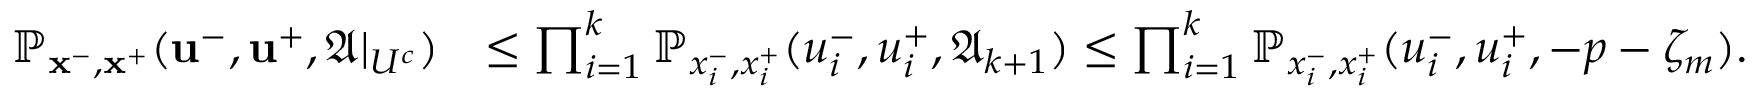
\begin{array} { r l } { \mathbb { P } _ { \mathbf { x } ^ { - } , \mathbf { x } ^ { + } } ( \mathbf { u } ^ { - } , \mathbf { u } ^ { + } , \mathfrak { A } | _ { U ^ { c } } ) } & { \le \prod _ { i = 1 } ^ { k } \mathbb { P } _ { x _ { i } ^ { - } , x _ { i } ^ { + } } ( u _ { i } ^ { - } , u _ { i } ^ { + } , \mathfrak { A } _ { k + 1 } ) \le \prod _ { i = 1 } ^ { k } \mathbb { P } _ { x _ { i } ^ { - } , x _ { i } ^ { + } } ( u _ { i } ^ { - } , u _ { i } ^ { + } , - p - \zeta _ { m } ) . } \end{array}